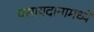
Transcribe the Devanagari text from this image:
पसायदानामध्ये